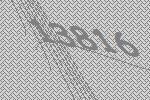
13816